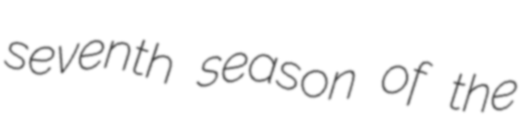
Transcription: seventh season of the